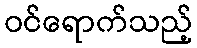
ဝင်ရောက်သည့်